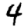
Digit: 4